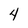
Character: 4